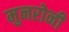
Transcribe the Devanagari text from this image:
मुनरोनी